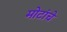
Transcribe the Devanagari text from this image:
मोटांचे